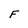
Character: F